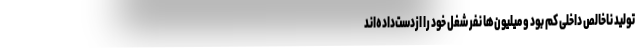
تولید ناخالص داخلی کم بود و میلیون‌ها نفر شغل خود را ازدست‌داده‌اند